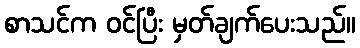
စာသင်က ဝင်ပြီး မှတ်ချက်ပေးသည်။